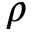
\rho